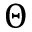
\Theta